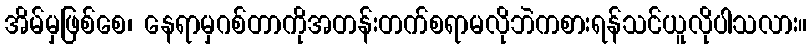
အိမ်မှဖြစ်စေ၊ နေရာမှဂစ်တာကိုအတန်းတက်စရာမလိုဘဲကစားရန်သင်ယူလိုပါသလား။